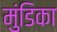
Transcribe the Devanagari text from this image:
मुंडिका